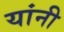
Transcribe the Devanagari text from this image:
यांनी